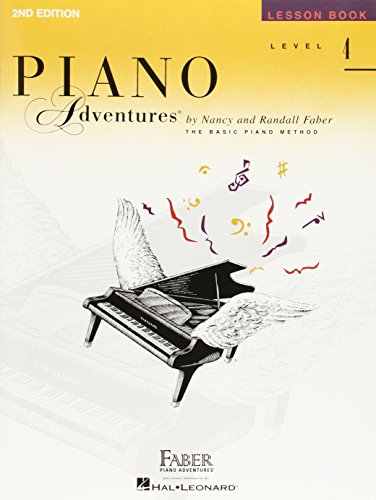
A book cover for Level 4 - Lesson Book: Piano Adventures; Humor & Entertainment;